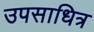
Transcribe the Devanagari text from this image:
उपसाधित्र